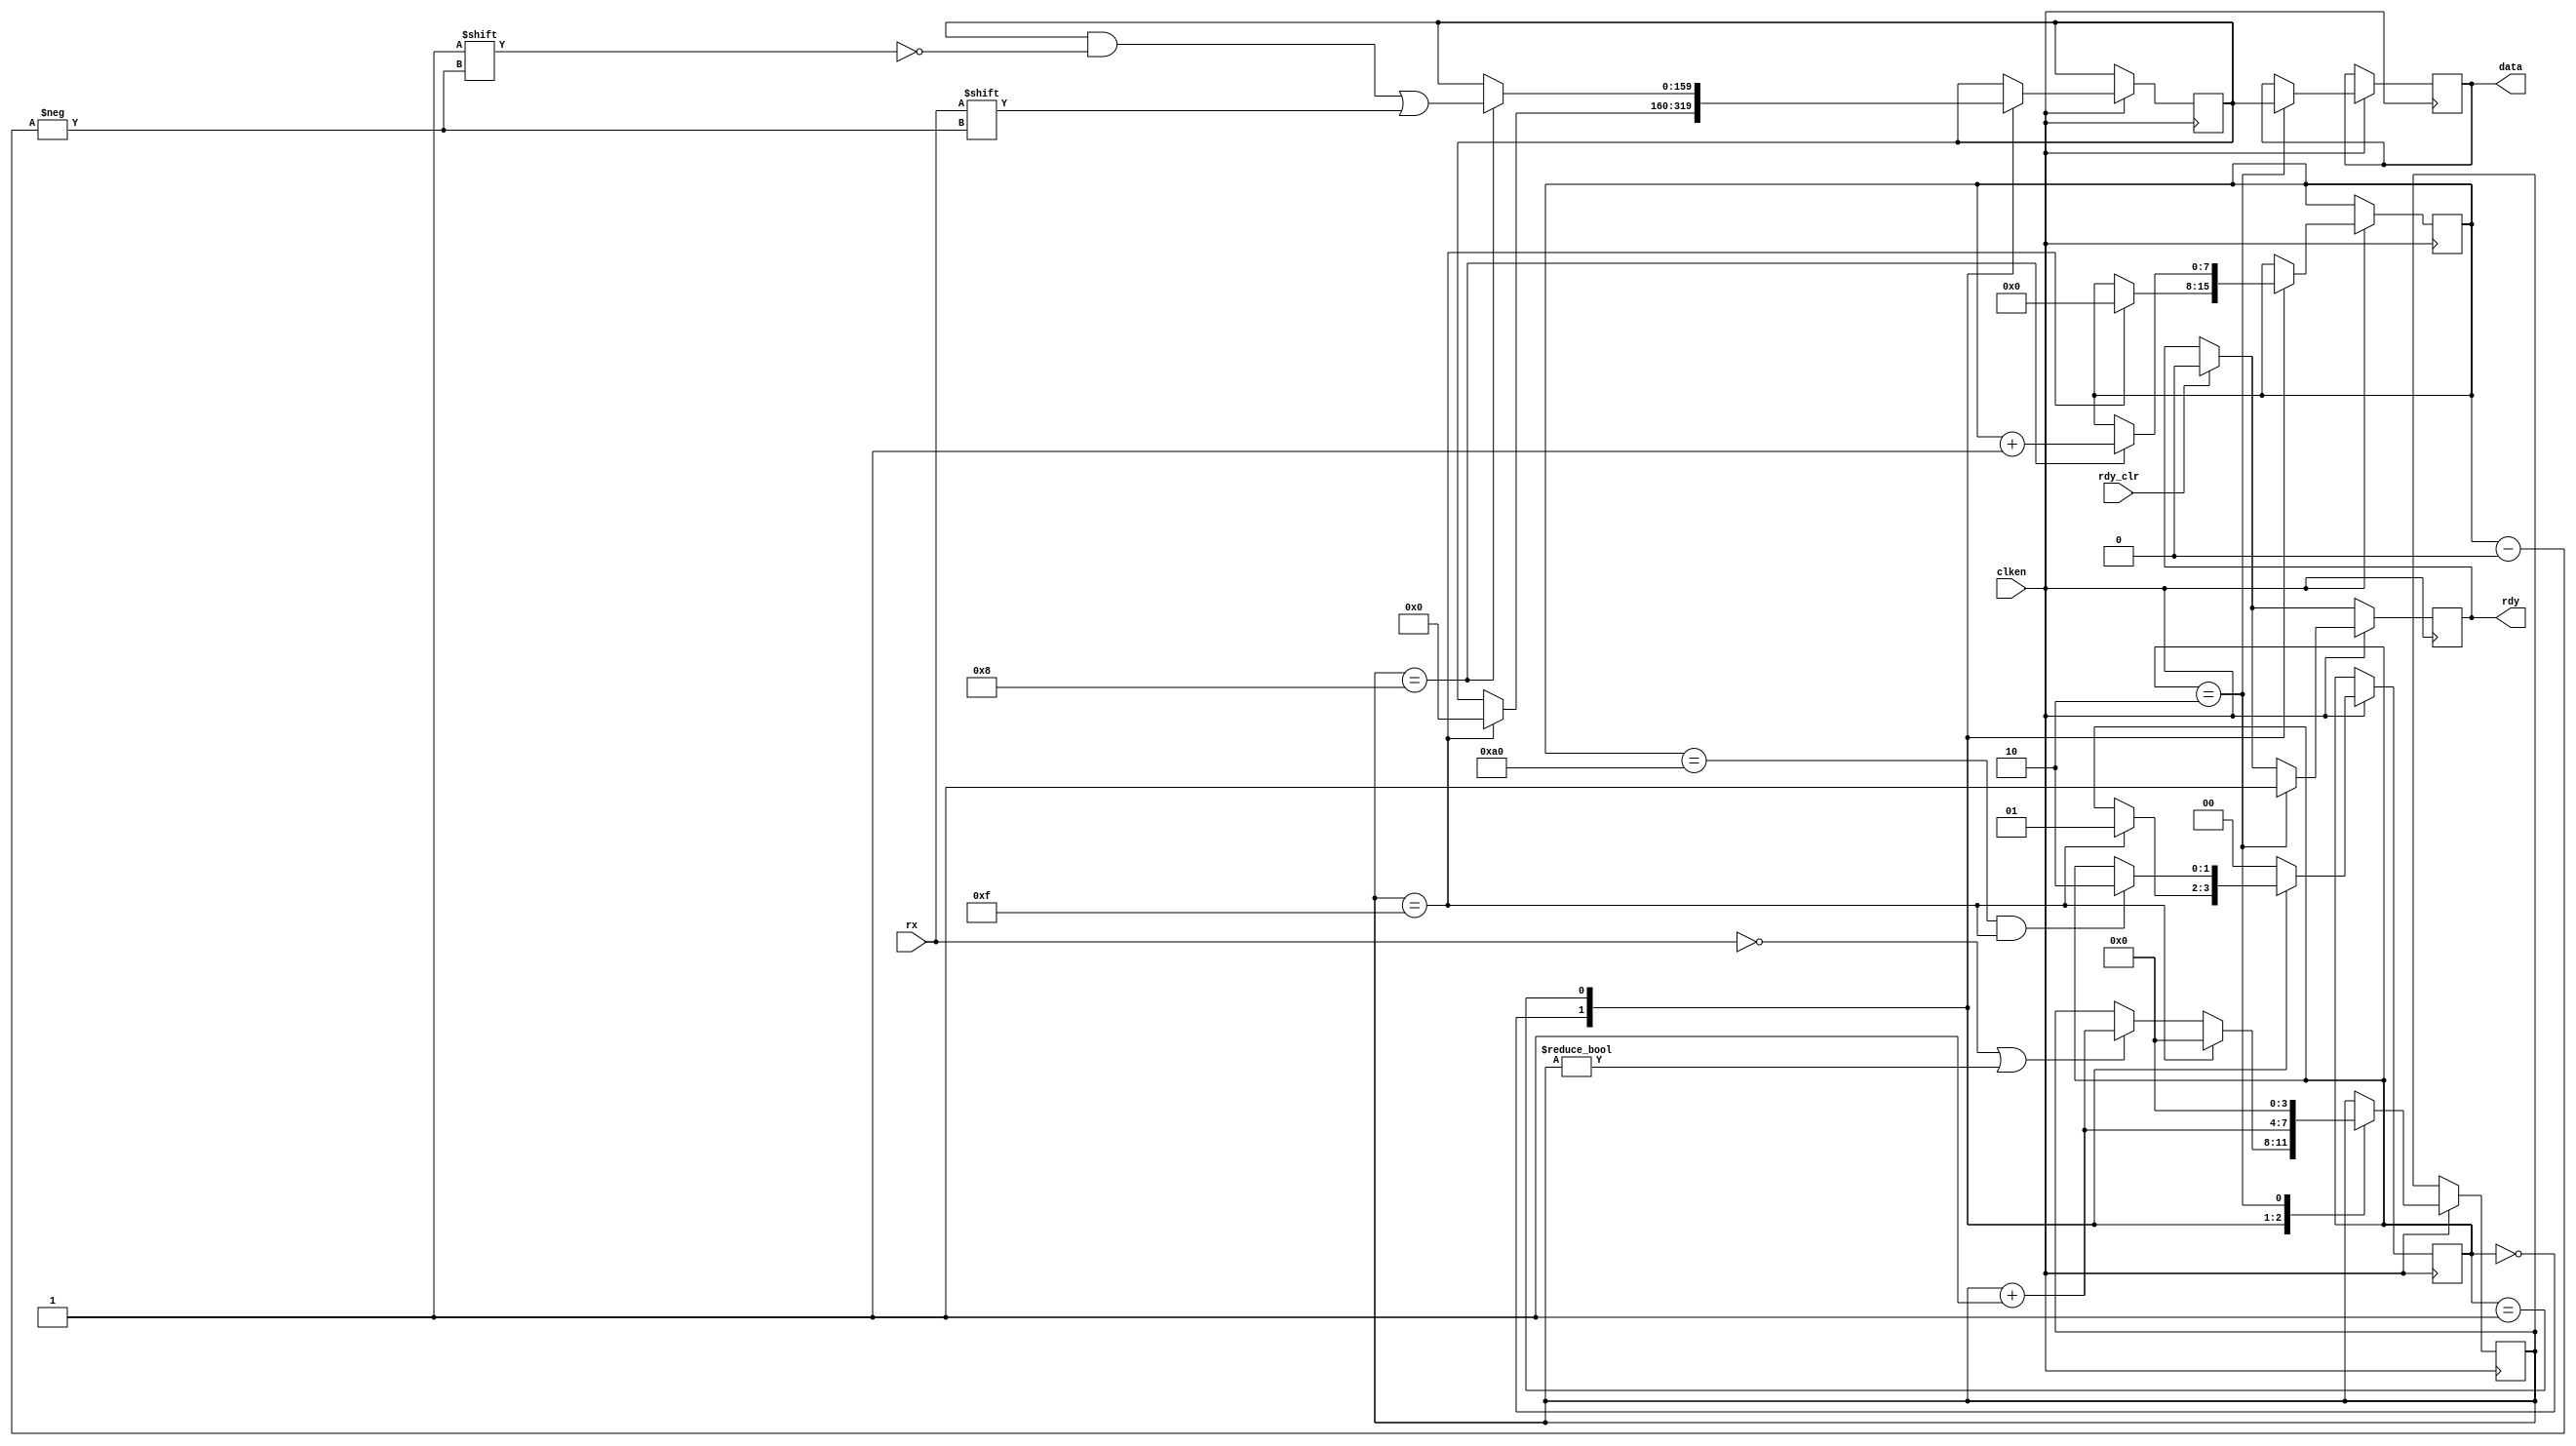
module receiver(
  		input wire rx,
		output reg rdy,
		input wire rdy_clr,
		input wire clken,
        output reg [159:0] data);

initial begin
	rdy = 0;
	data = 160'b0;
end

parameter RX_STATE_START	= 2'b00;
parameter RX_STATE_DATA		= 2'b01;
parameter RX_STATE_STOP		= 2'b10;

reg [1:0] state = RX_STATE_START;
reg [3:0] sample = 0;
 reg [7:0] bitpos = 0;
  reg [159:0] scratch = 159'b0;

  always @(posedge clken) begin
	if (rdy_clr)
		rdy <= 0;

	if (clken) begin
		case (state)
		RX_STATE_START: begin
			/*
			* Start counting from the first low sample, once we've
			* sampled a full bit, start collecting data bits.
			*/
			if (!rx || sample != 0)
				sample <= sample + 4'b1;

			if (sample == 15) begin
				state <= RX_STATE_DATA;
				bitpos <= 0;
				sample <= 0;
              $display("RX of data has been started");
				scratch <= 0;
			end
		end
		RX_STATE_DATA: begin
			sample <= sample + 4'b1;
          if (sample == 8) begin
				scratch[bitpos] <= rx;
            $display("RX_DATA: %b",scratch);
				bitpos <= bitpos + 1;
			end
          if (bitpos == 160 && sample == 15)begin
				state <= RX_STATE_STOP;
          end
		end
		RX_STATE_STOP: begin
          $display("RX of data has been completed");
				state <= RX_STATE_START;
				data <= scratch;
				rdy <= 1'b1;
				sample <= 0;
		end
		default: begin
			state <= RX_STATE_START;
		end
		endcase
	end
end
endmodule